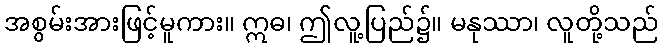
အစွမ်းအားဖြင့်မူကား။ ဣဓ၊ ဤလူ့ပြည်၌။ မနုဿာ၊ လူတို့သည်